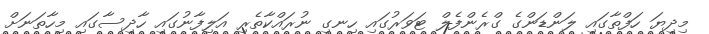
މިދިޔަ ހަފްތާގައި ލަންޑަންގެ ގްރެންފެލް ޓަވަރުގައި ހިނގި ނުރައްކާތެރި އަލިފާނުގައި ހާދިސާގައި މިހާތަނަށް